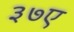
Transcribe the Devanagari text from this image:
३७ए